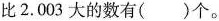
比2 . 0 0 3大的数有()个。